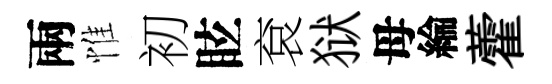
兩惟初眩袞狱母綸藿